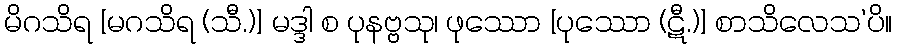
မိဂသိရ [မဂသိရ (သီ.)] မဒ္ဒါ စ ပုနဗ္ဗသု၊ ဖုဿော [ပုဿော (ဋီ.)] စာသိလေသ’ပိ။